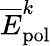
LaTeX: \overline{{E}}_{\mathrm{{pol}}}^{k}